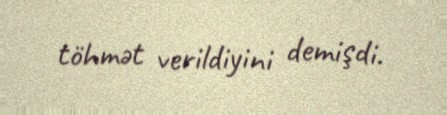
töhmət verildiyini demişdi.